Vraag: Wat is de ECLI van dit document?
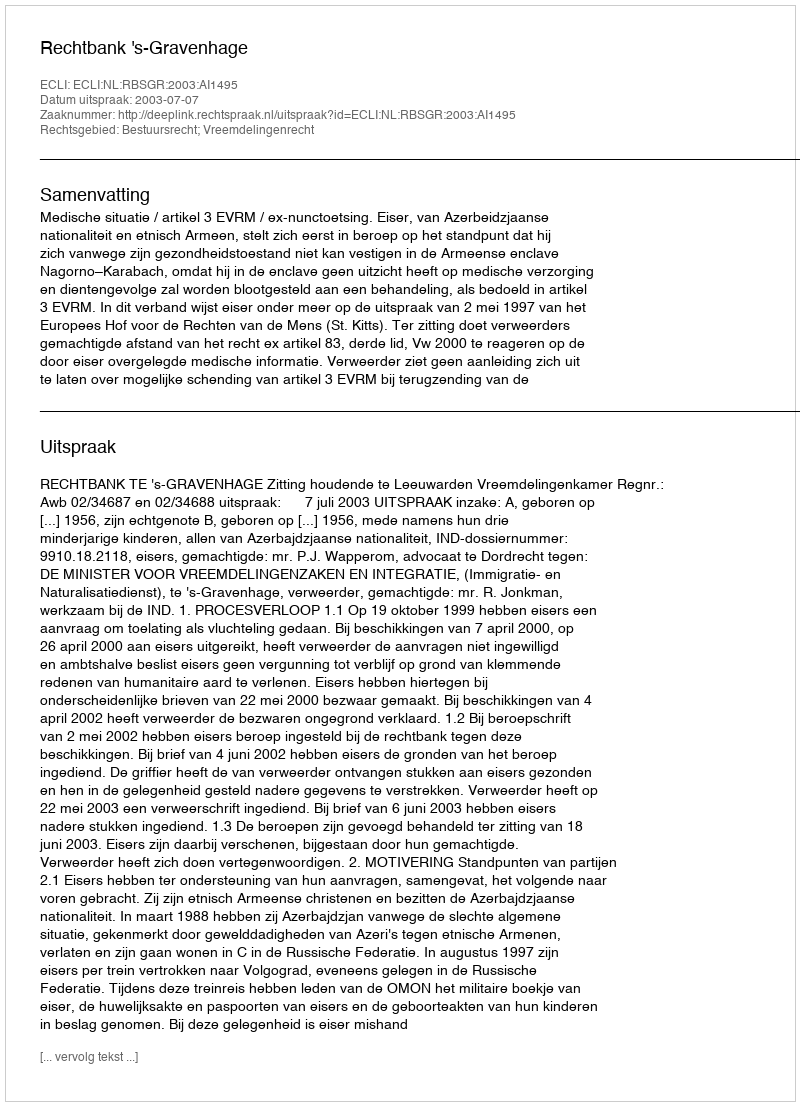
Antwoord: ECLI:NL:RBSGR:2003:AI1495